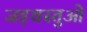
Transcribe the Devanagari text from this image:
जड़वस्तुओं